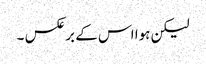
لیکن ہوا اس کے برعکس ۔